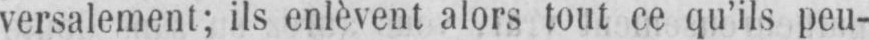
versalement; ils enlèvent alors tout ce qu’ils peu-